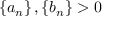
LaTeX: \left\{ a _ { n } \right\} , \left\{ b _ { n } \right\} > 0